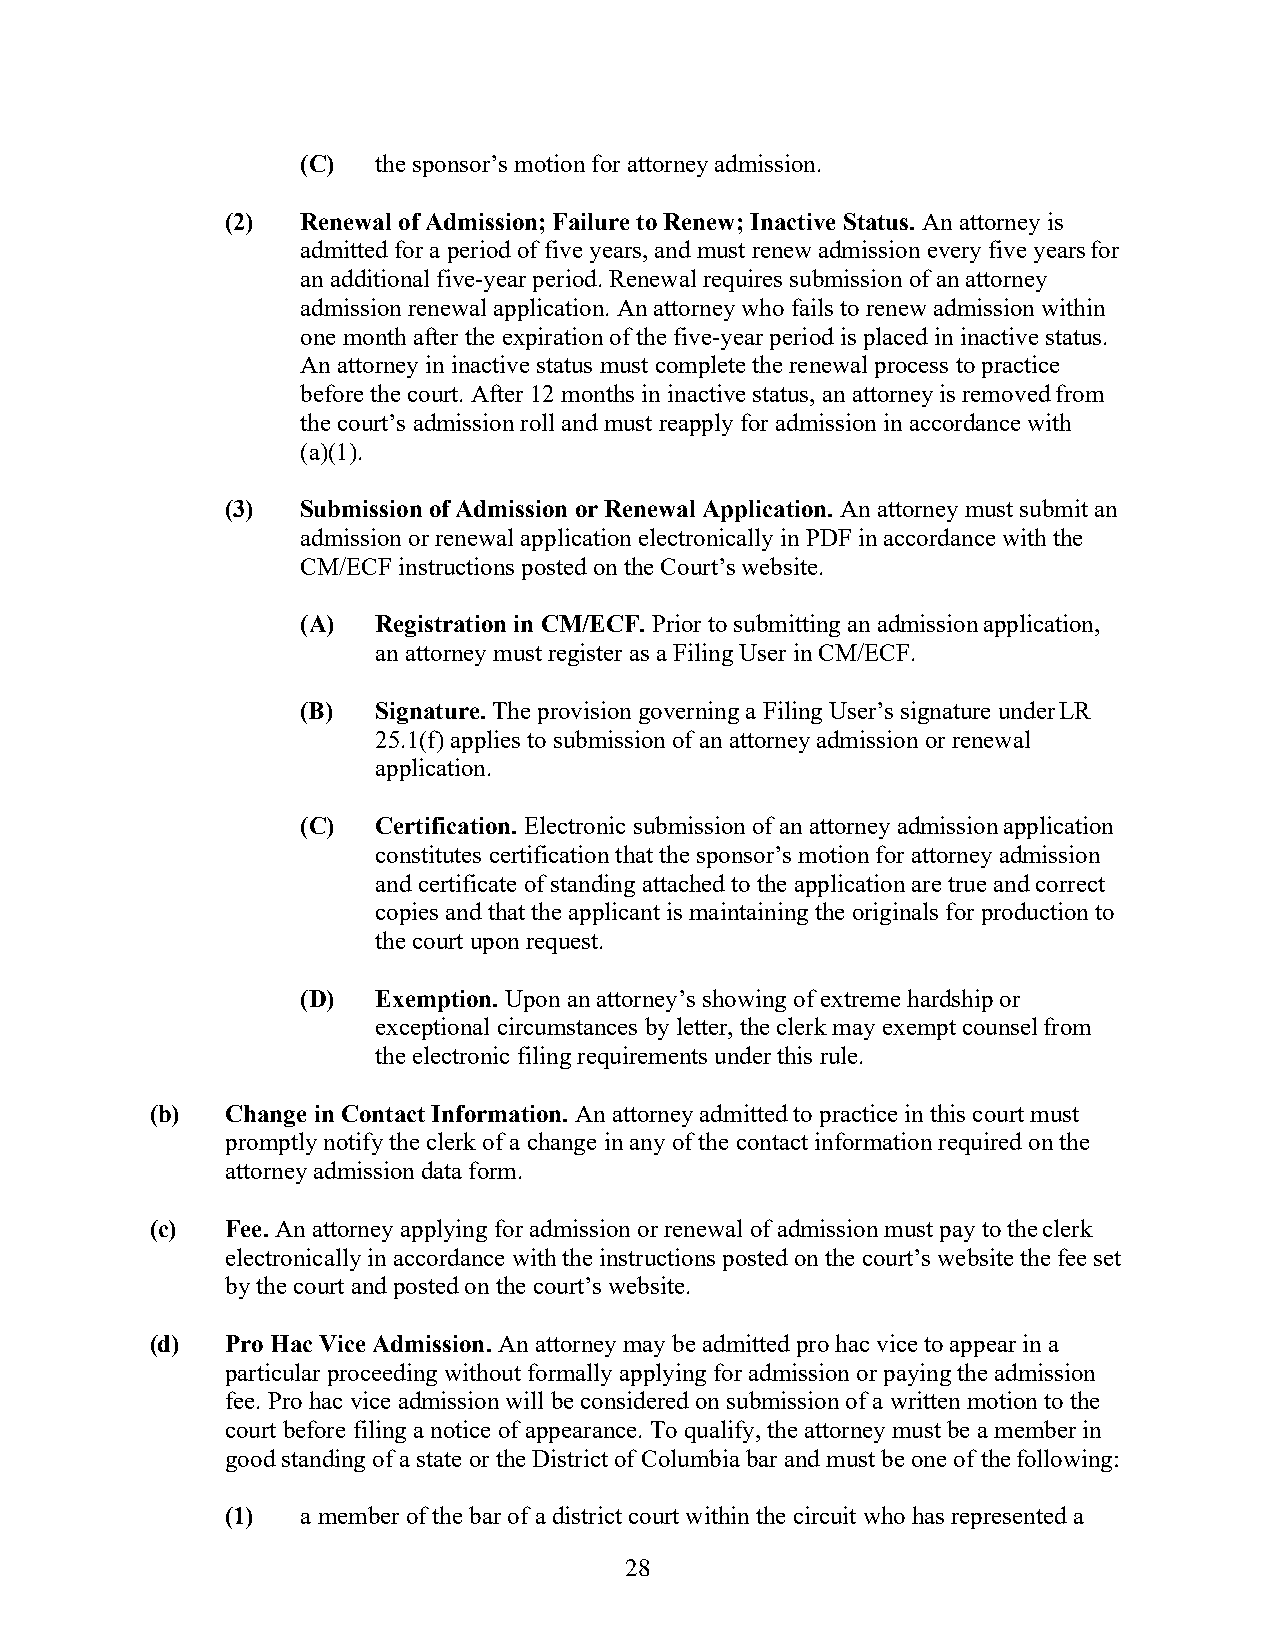
(C)  the sponsor’s motion for attorney admission.
 (2)  Renewal of Admission; Failure to Renew; Inactive Status. An attorney is
 admitted for a period of five years, and must renew admission every five years for
 an additional five-year period. Renewal requires submission of an attorney
 admission renewal application. An attorney who fails to renew admission within
 one month after the expiration of the five-year period is placed in inactive status.
 An attorney in inactive status must complete the renewal process to practice
 before the court. After 12 months in inactive status, an attorney is removed from
 the court’s admission roll and must reapply for admission in accordance with
 (a)(1).
 (3)  Submission of Admission or Renewal Application. An attorney must submit an
 admission or renewal application electronically in PDF in accordance with the
 CM/ECF instructions posted on the Court’s website.
 (A)  Registration in CM/ECF. Prior to submitting an admission application,
 an attorney must register as a Filing User in CM/ECF.
 (B)  Signature. The provision governing a Filing User’s signature under LR
 25.1(f) applies to submission of an attorney admission or renewal
 application.
 (C)  Certification. Electronic submission of an attorney admission application
 constitutes certification that the sponsor’s motion for attorney admission
 and certificate of standing attached to the application are true and correct
 copies and that the applicant is maintaining the originals for production to
 the court upon request.
 (D)  Exemption. Upon an attorney’s showing of extreme hardship or
 exceptional circumstances by letter, the clerk may exempt counsel from
 the electronic filing requirements under this rule.
 (b)  Change in Contact Information. An attorney admitted to practice in this court must
 promptly notify the clerk of a change in any of the contact information required on the
 attorney admission data form.
 (c)  Fee. An attorney applying for admission or renewal of admission must pay to the clerk
 electronically in accordance with the instructions posted on the court’s website the fee set
 by the court and posted on the court’s website.
 (d)  Pro Hac Vice Admission. An attorney may be admitted pro hac vice to appear in a
 particular proceeding without formally applying for admission or paying the admission
 fee. Pro hac vice admission will be considered on submission of a written motion to the
 court before filing a notice of appearance. To qualify, the attorney must be a member in
 good standing of a state or the District of Columbia bar and must be one of the following:
 (1)  a member of the bar of a district court within the circuit who has represented a
 28